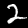
Label: 2